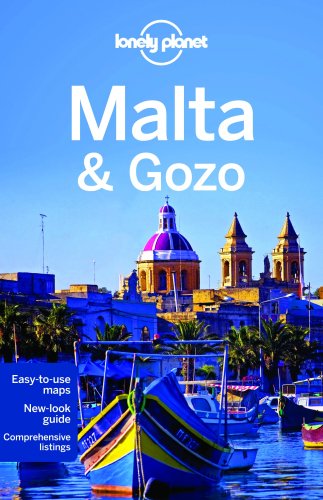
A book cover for Lonely Planet Malta & Gozo (Travel Guide); Lonely Planet; Travel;